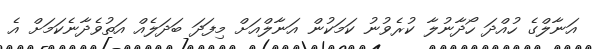
އަނާލްގެ ހުއްދަ ހޯދާނުލާ ކުރެވުނު ކަމަކުން އަނާލްއަށް މިފަދަ ބަދަލެއް އަތުވެދާނެކަމަށް އެ